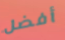
أفضل